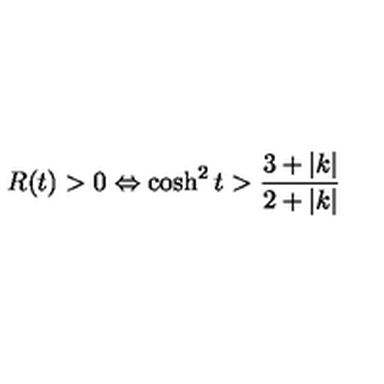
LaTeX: R ( t ) > 0 \Leftrightarrow \cosh ^ { 2 } t > \frac { 3 + | k | } { 2 + | k | }